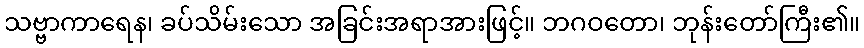
သဗ္ဗာကာရေန၊ ခပ်သိမ်းသော အခြင်းအရာအားဖြင့်။ ဘဂဝတော၊ ဘုန်းတော်ကြီး၏။